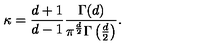
\kappa = \frac { d + 1 } { d - 1 } \frac { \Gamma ( d ) } { \pi ^ { \frac { d } 2 } \Gamma \left( \frac { d } 2 \right) } .